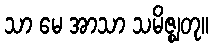
သာ မေ အာသာ သမိဇ္ဈတု။